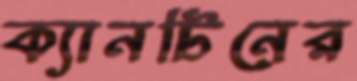
ক্যানটিনের